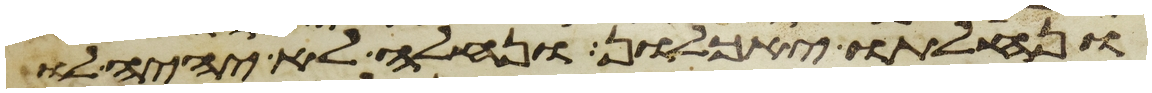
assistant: ונחלתו יאכלון ונחלה לא יהיה לו